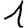
Digit: 1